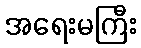
အရေးမကြီး